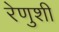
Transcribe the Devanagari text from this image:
रेणुशी